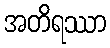
အတိရဿာ